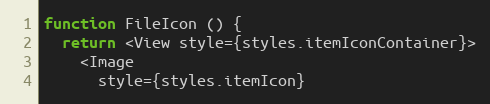
Language: JavaScript
function FileIcon () {
  return <View style={styles.itemIconContainer}>
    <Image
      style={styles.itemIcon}